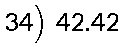
34) 42.42